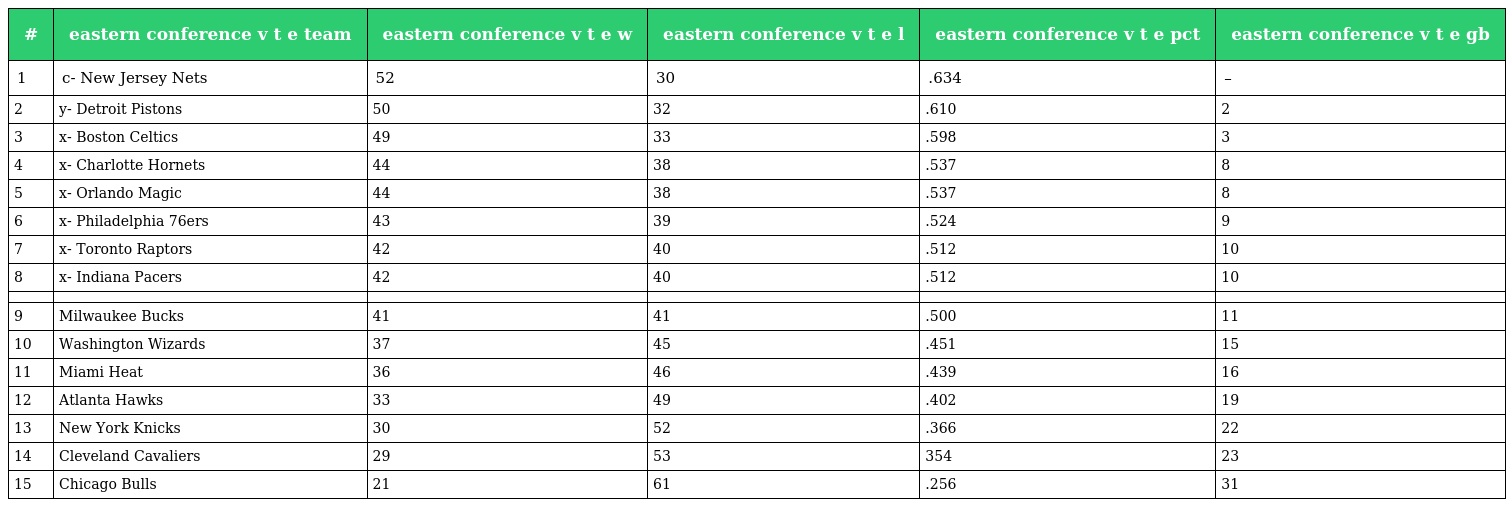
| # | eastern conference v t e team | eastern conference v t e w | eastern conference v t e l | eastern conference v t e pct | eastern conference v t e gb |
 | --- | --- | --- | --- | --- | --- |
 | 1 | c- New Jersey Nets | 52 | 30 | .634 | – |
 | 2 | y- Detroit Pistons | 50 | 32 | .610 | 2 |
 | 3 | x- Boston Celtics | 49 | 33 | .598 | 3 |
 | 4 | x- Charlotte Hornets | 44 | 38 | .537 | 8 |
 | 5 | x- Orlando Magic | 44 | 38 | .537 | 8 |
 | 6 | x- Philadelphia 76ers | 43 | 39 | .524 | 9 |
 | 7 | x- Toronto Raptors | 42 | 40 | .512 | 10 |
 | 8 | x- Indiana Pacers | 42 | 40 | .512 | 10 |
 |  |  |  |  |  |  |
 | 9 | Milwaukee Bucks | 41 | 41 | .500 | 11 |
 | 10 | Washington Wizards | 37 | 45 | .451 | 15 |
 | 11 | Miami Heat | 36 | 46 | .439 | 16 |
 | 12 | Atlanta Hawks | 33 | 49 | .402 | 19 |
 | 13 | New York Knicks | 30 | 52 | .366 | 22 |
 | 14 | Cleveland Cavaliers | 29 | 53 | 354 | 23 |
 | 15 | Chicago Bulls | 21 | 61 | .256 | 31 |